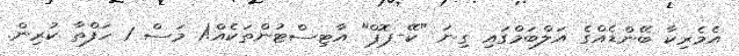
އެމެރިކާ ބޭންޑެއްގެ އަލްބަމްގައި ގިނަ "ކޭ-ޕޮޕް" އާޓިސްޓުންތަކެއް!1 މަސް 1 ހަފްތާ ކުރިން.